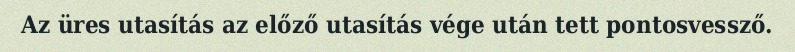
Az üres utasítás az előző utasítás vége után tett pontosvessző.